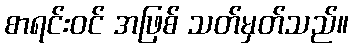
စာရင်းဝင် အဖြစ် သတ်မှတ်သည်။